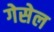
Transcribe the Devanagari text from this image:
गेसेल